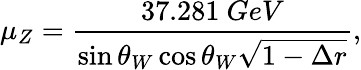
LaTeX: \mu_{Z}={\frac{37.281~GeV}{\sin\theta_{W}\cos\theta_{W}\sqrt{1-\Delta r}}},